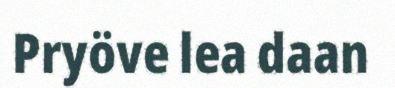
Pryöve lea daan